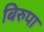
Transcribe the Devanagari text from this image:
बिरुपा